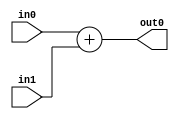
// EECE3324 Computer Architecture
// Advanced Project
// Tim Liming

// 32-bit adder

module adder(in0, in1, out0);
  input [31:0] in0, in1;
  output reg [31:0] out0;
  
  always @ (in0 or in1) begin
    out0 = in0 + in1;
  end
  
endmodule